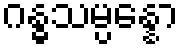
ဂန္ဓသမ္ပန္နော